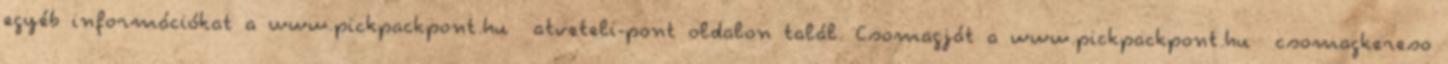
egyéb információkat a www.pickpackpont.hu atveteli-pont oldalon talál. Csomagját a www.pickpackpont.hu csomagkereso